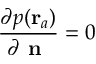
\frac { \partial p ( \mathbf { r } _ { a } ) } { \partial \textbf { n } } = 0